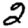
Digit: 2